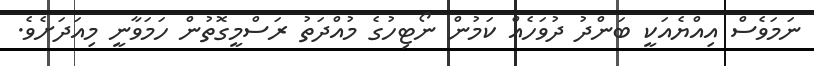
ނަމަވެސް އިއްޔެއަކީ ބަންދު ދުވަހެއް ކަމުން ނޯޓިހުގެ މުއްދަތު ރަސްމީގޮތުން ހަމަވާނީ މިއަދަށެވެ.